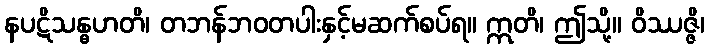
နပဋိသန္ဓဟတိ၊ တဘန်ဘဝတပါးနှင့်မဆက်စပ်ရ။ ဣတိ၊ ဤသို့။ ဝိဿဇ္ဇိ၊